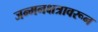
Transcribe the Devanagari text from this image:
जन्मनक्षत्रावरून